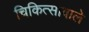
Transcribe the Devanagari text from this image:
चिकित्सावाले